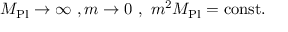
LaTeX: M _ { \mathrm { P l } } \to \infty \ , m \to 0 \ , \ m ^ { 2 } M _ { \mathrm { P l } } = { \mathrm { c o n s t . } }